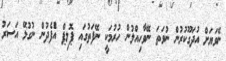
ނޭވަޔަށް އުދަގޫކުރުން ނުވަތަ ނޭވާހިއްލުން ހުރުމަކީ ނޭފަތުގައި ޕޮލިޕް އުެފެދުން ނުގުޅޭ އަސަރު